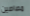
مصاصين